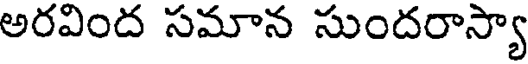
అరవింద సమాన సుందరాస్యా